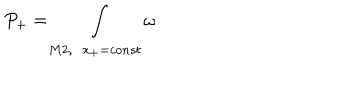
P _ { + } = \int _ { M 2 , \; \; x _ { + } = c o n s t } \omega